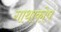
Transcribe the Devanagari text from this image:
गाथाकोष